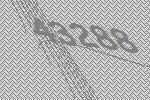
43288